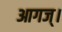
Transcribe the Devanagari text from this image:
आगज्।